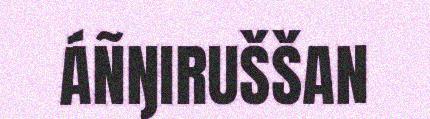
ÁÑŊIRUŠŠAN